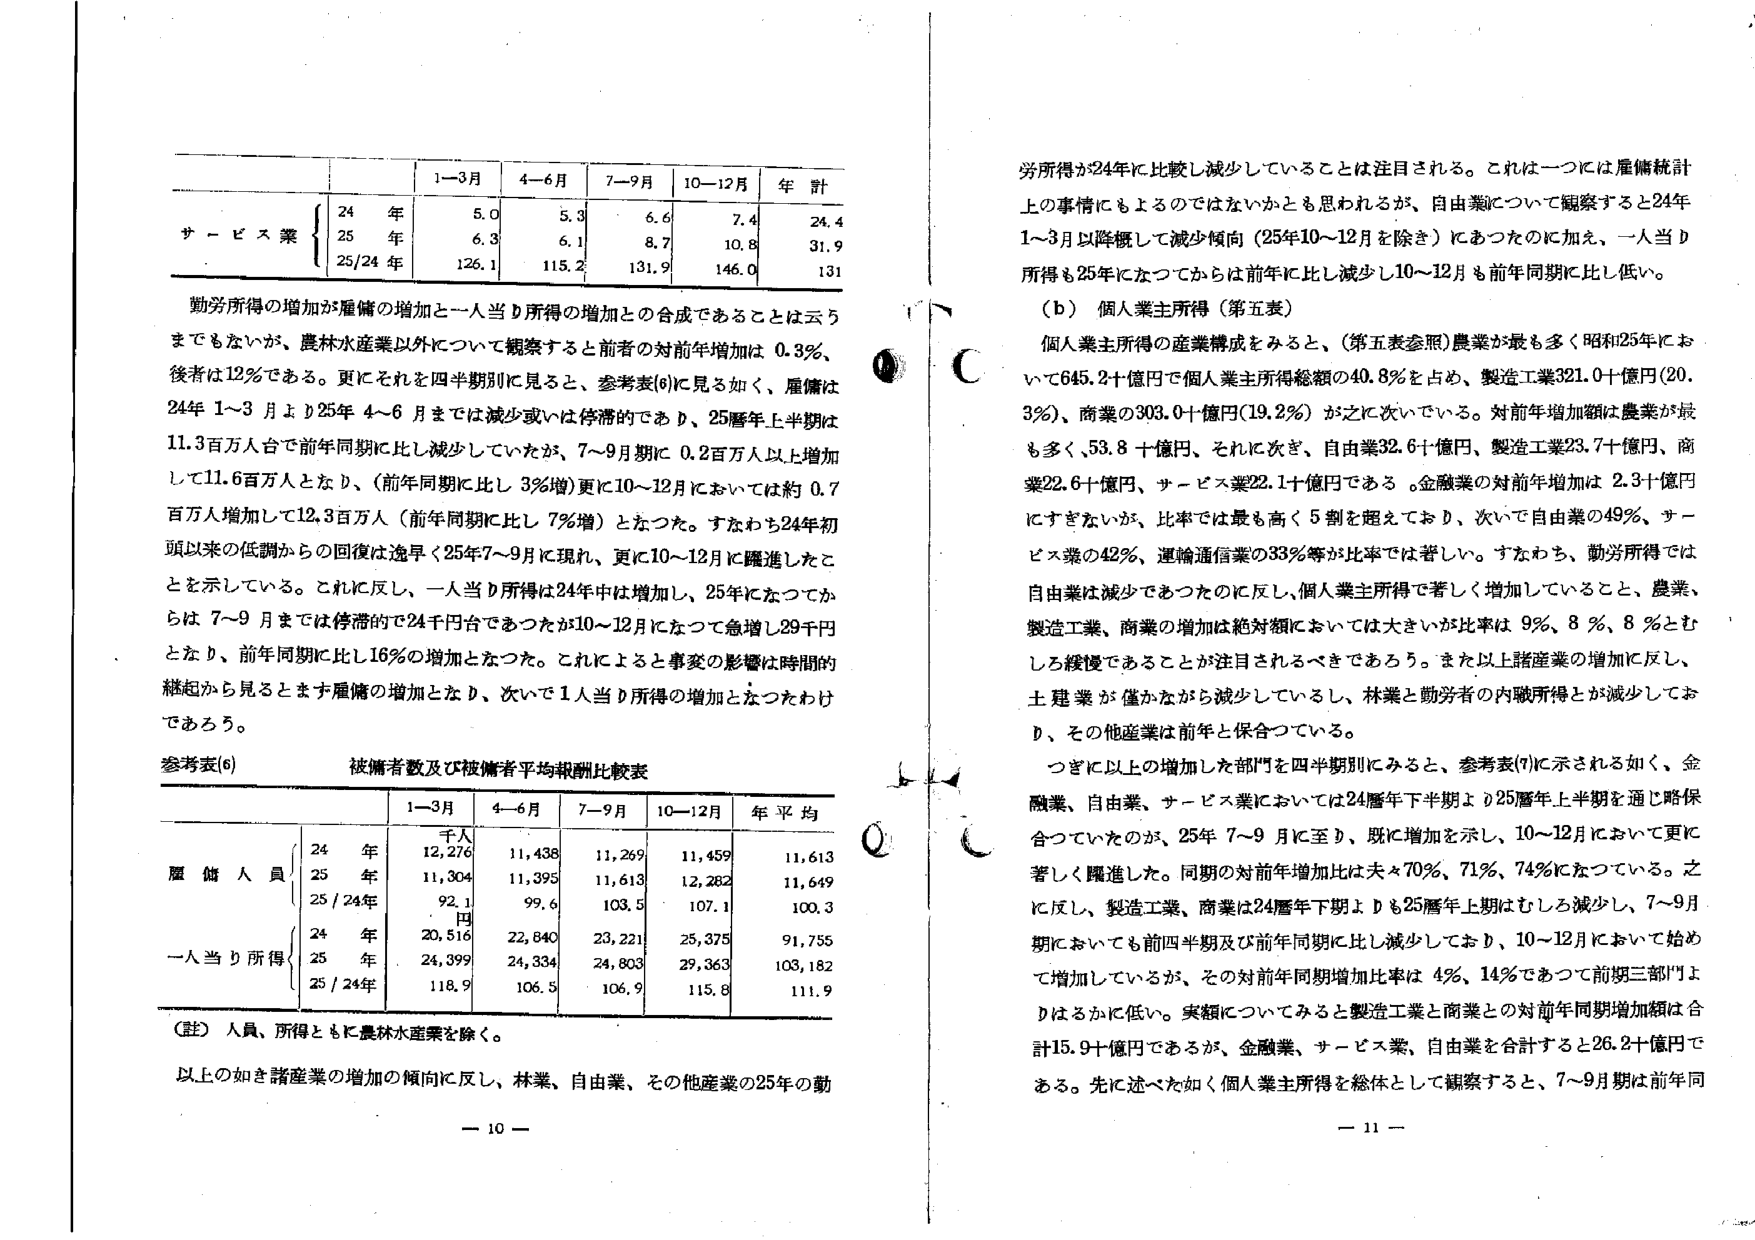
1-3月 4-6月 7-9月 10-12月 年計
サービス業
24年 5.0 5.3 6.6 7.4 24.4
25年 6.3 6.1 8.7 10.8 31.9
25/24年 126.1 115.2 131.9 146.0 131

勤労所得の増加が雇傭の増加と一人当り所得の増加との合成であることは云うまでもないが、農林水産業以外について観察すると前者の対前年増加は0.3％、後者は12％である。更にそれを四半期別に見ると、参考表(6)に見る如く、雇傭は24年1～3月より25年4～6月までは減少或いは停滞的であり、25暦年上半期は11.3百万人台で前年同期に比し減少していたが、7～9月期に0.2百万人以上増加して11.6百万人となり、（前年同期に比し3％増）更に10～12月においては約0.7百万人増加して12.3百万人（前年同期に比し7％増）となった。すなわち24年初頭以来の低調からの回復は逸早く25年7～9月に現れ、更に10～12月に躍進したことを示している。これに反し、一人当り所得は24年中は増加し、25年になってからは7～9月までは停滞的で24千円台であったが10～12月になって急増し29千円となり、前年同期に比し16％の増加となった。これによると事変の影響は時間的継起から見るとまず雇傭の増加となり、次いで1人当り所得の増加となったわけであろう。

参考表(6) 被傭者数及び被傭者平均報酬比較表
1-3月 4-6月 7-9月 10-12月 年平均
千人
雇傭人員
24年 12,276 11,438 11,269 11,459 11,613
25年 11,304 11,395 11,613 12,282 11,649
25/24年 92.1 99.6 103.5 107.1 100.3
円
一人当り所得
24年 20,516 22,840 23,221 25,375 91,755
25年 24,399 24,334 24,803 29,363 103,182
25/24年 118.9 106.5 106.9 115.8 111.9

（註）人員、所得ともに農林水産業を除く。

以上の如き諸産業の増加の傾向に反し、林業、自由業、その他産業の25年の動

労所得が24年に比較し減少していることは注目される。これは一つには雇傭統計上の事情によるのではないかとも思われるが、自由業について観察すると24年1～3月以降概して減少傾向（25年10～12月を除き）にあったのに加え、一人当り所得も25年になってからは前年に比し減少し10～12月も前年同期に比し低い。

（b）個人業主所得（第五表）
個人業主所得の産業構成をみると、（第五表参照）農業が最も多く昭和25年において645.2十億円で個人業主所得総額の40.8％を占め、製造工業321.0十億円（20.3％）、商業の303.0十億円（19.2％）が之に次いでいる。対前年増加額は農業が最も多く、53.8十億円、それに次ぎ、自由業32.6十億円、製造工業23.7十億円、商業22.6十億円、サービス業22.1十億円である。金融業の対前年増加は2.3十億円にすぎないが、比率では最も高く5割を超えており、次いで自由業の49％、サービス業の42％、運輸通信業の33％等が比率では著しい。すなわち、勤労所得では自由業は減少であったのに反し、個人業主所得で著しく増加していること、農業、製造工業、商業の増加は絶対額においては大きいが比率は9％、8％、8％とむしろ緩慢であることが注目されるべきであろう。また以上諸産業の増加に反し、土建業が僅かながら減少しているし、林業と勤労者の内職所得が減少しており、その他産業は前年と保合っている。

つぎに以上の増加した部門を四半期別にみると、参考表(7)に示される如く、金融業、自由業、サービス業においては24暦年下半期より25暦年上半期を通じ略保合っていたのが、25年7～9月に至り、既に増加を示し、10～12月において更に著しく躍進した。同期の対前年増加比は夫々70％、71％、74％になっている。之に反し、製造工業、商業は24暦年下期より25暦年上期はむしろ減少し、7～9月期においても前四半期及び前年同期に比し減少しており、10～12月において始めて増加しているが、その対前年同期増加比率は4％、14％であって前期三部門よりはるかに低い。実額についてみると製造工業と商業との対前年同期増加額は合計15.9十億円であるが、金融業、サービス業、自由業を合計すると26.2十億円である。先に述べた如く個人業主所得を総体として観察すると、7～9月期は前年同

- 10 -
- 11 -